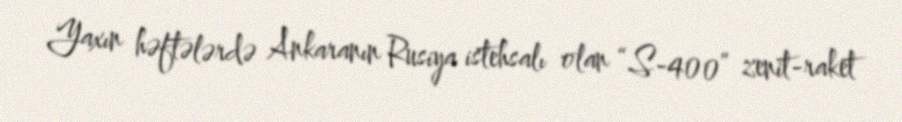
Yaxın həftələrdə Ankaranın Rusiya istehsalı olan “S-400” zenit-raket